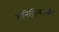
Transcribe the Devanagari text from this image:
अनिश्चित्कालीन